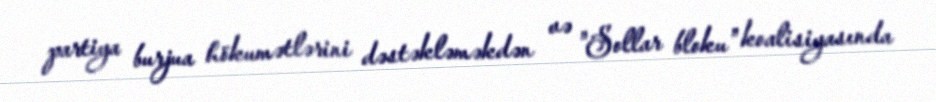
partiya burjua hökumətlərini dəstəkləməkdən və "Sollar bloku" koalisiyasında